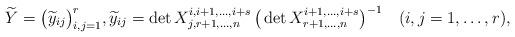
LaTeX: \begin{align*}\widetilde{Y}=\big(\widetilde{y}_{ij}\big)_{i,j=1}^{r},\widetilde{y}_{ij}=\det X^{i,i+1,\ldots,i+s}_{j,r+1,\ldots,n}\,\big(\det X^{i+1,\ldots,i+s}_{r+1,\ldots,n}\big)^{-1}\quad(i,j=1,\ldots,r), \end{align*}